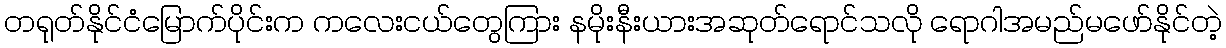
တရုတ်နိုင်ငံမြောက်ပိုင်းက ကလေးငယ်တွေကြား နမိုးနီးယားအဆုတ်ရောင်သလို ရောဂါအမည်မဖော်နိုင်တဲ့